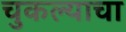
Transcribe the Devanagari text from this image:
चुकल्याचा